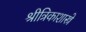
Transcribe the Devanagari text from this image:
श्रीत्रिकाशास्त्रे